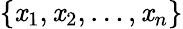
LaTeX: \{ \mathit{x}_{1},\mathit{x}_{2},\ldots,\mathit{x}_{n}\}